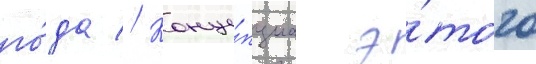
го́да // Конце́пциа э́того